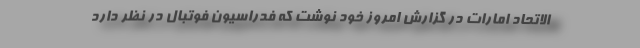
الاتحاد امارات در گزارش امروز خود نوشت که فدراسیون فوتبال در نظر دارد